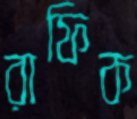
রাফিক